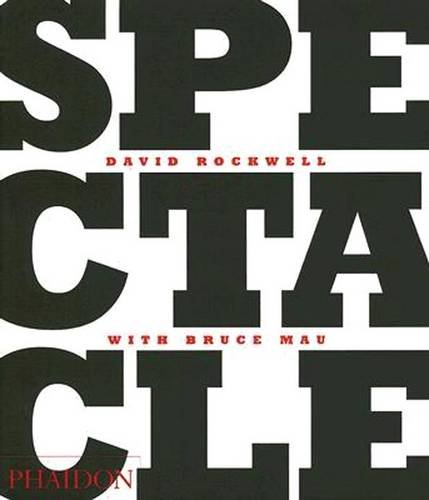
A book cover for Spectacle; David Rockwell; Humor & Entertainment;